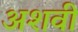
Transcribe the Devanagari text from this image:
अशवी